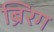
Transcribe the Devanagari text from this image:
ब्रिंरग